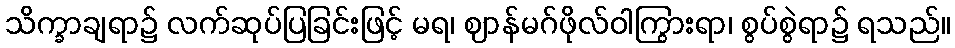
သိက္ခာချရာ၌ လက်ဆုပ်ပြခြင်းဖြင့် မရ၊ ဈာန်မဂ်ဖိုလ်ဝါကြွားရာ၊ စွပ်စွဲရာ၌ ရသည်။